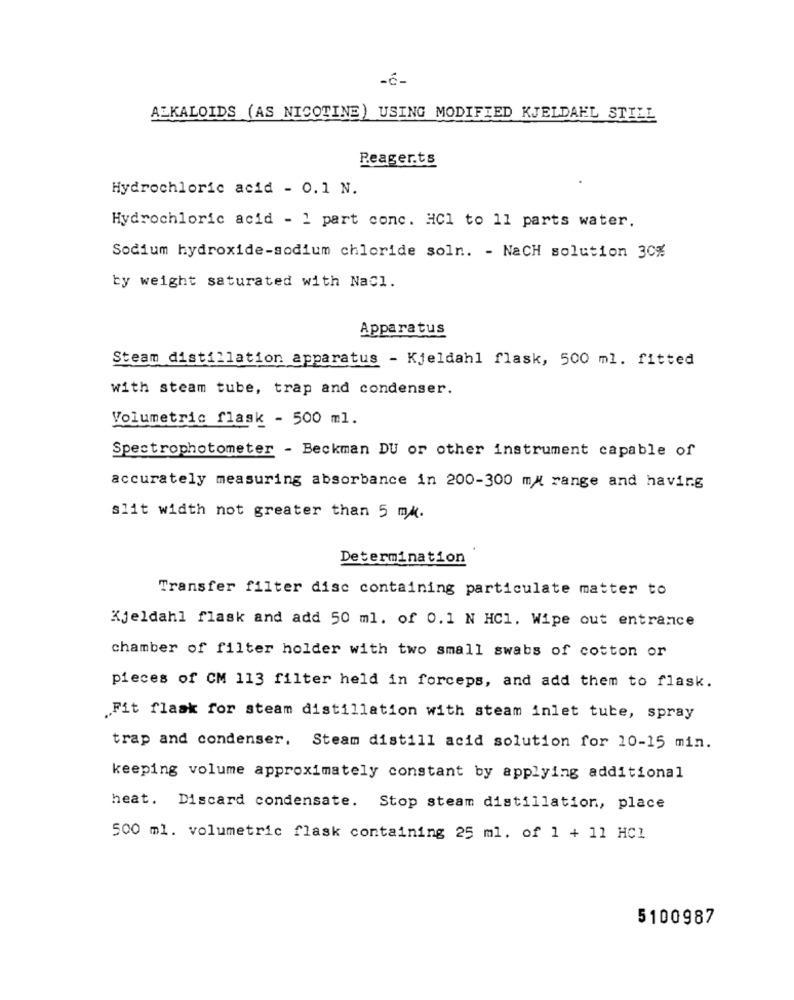
-6-
ALKALOIDS (AS NICOTINE) USING MODIFIED KJELDAEL STILL
Reagerts
Hydrochloric acid - 0.1 N.
Hydrochloric acid - 1 part conc. HCl to 11 parts water.
Sodium hydroxide-sodium chloride soln. - NaCH solution 30%
by weight saturated with Nacl.
Apparatus
Steam distillation apparatus - Kjeldahl flask, 500 ml. fitted
with steam tube, trap and condenser.
Volumetric flask - 500 ml.
Spectrophotometer - Beckman DU or other instrument capable of
accurately measuring absorbance in 200-300 my range and having
slit width not greater than 5 mk.
Determination
Transfer filter disc containing particulate matter to
Kjeldahl flask and add 50 ml. of 0.1 N HC1. Wipe out entrance
chamber of filter holder with two small swabs of cotton or
pieces of CM 113 filter held in forceps, and add them to flask.
.Fit flask for steam distillation with steam inlet tube, spray
trap and condenser. Steam distill acid solution for 10-15 min.
keeping volume approximately constant by applying additional
heat. Discard condensate. Stop steam distillation, place
500 ml. volumetric flask containing 25 ml. of 1 + 11 HCl
5100987